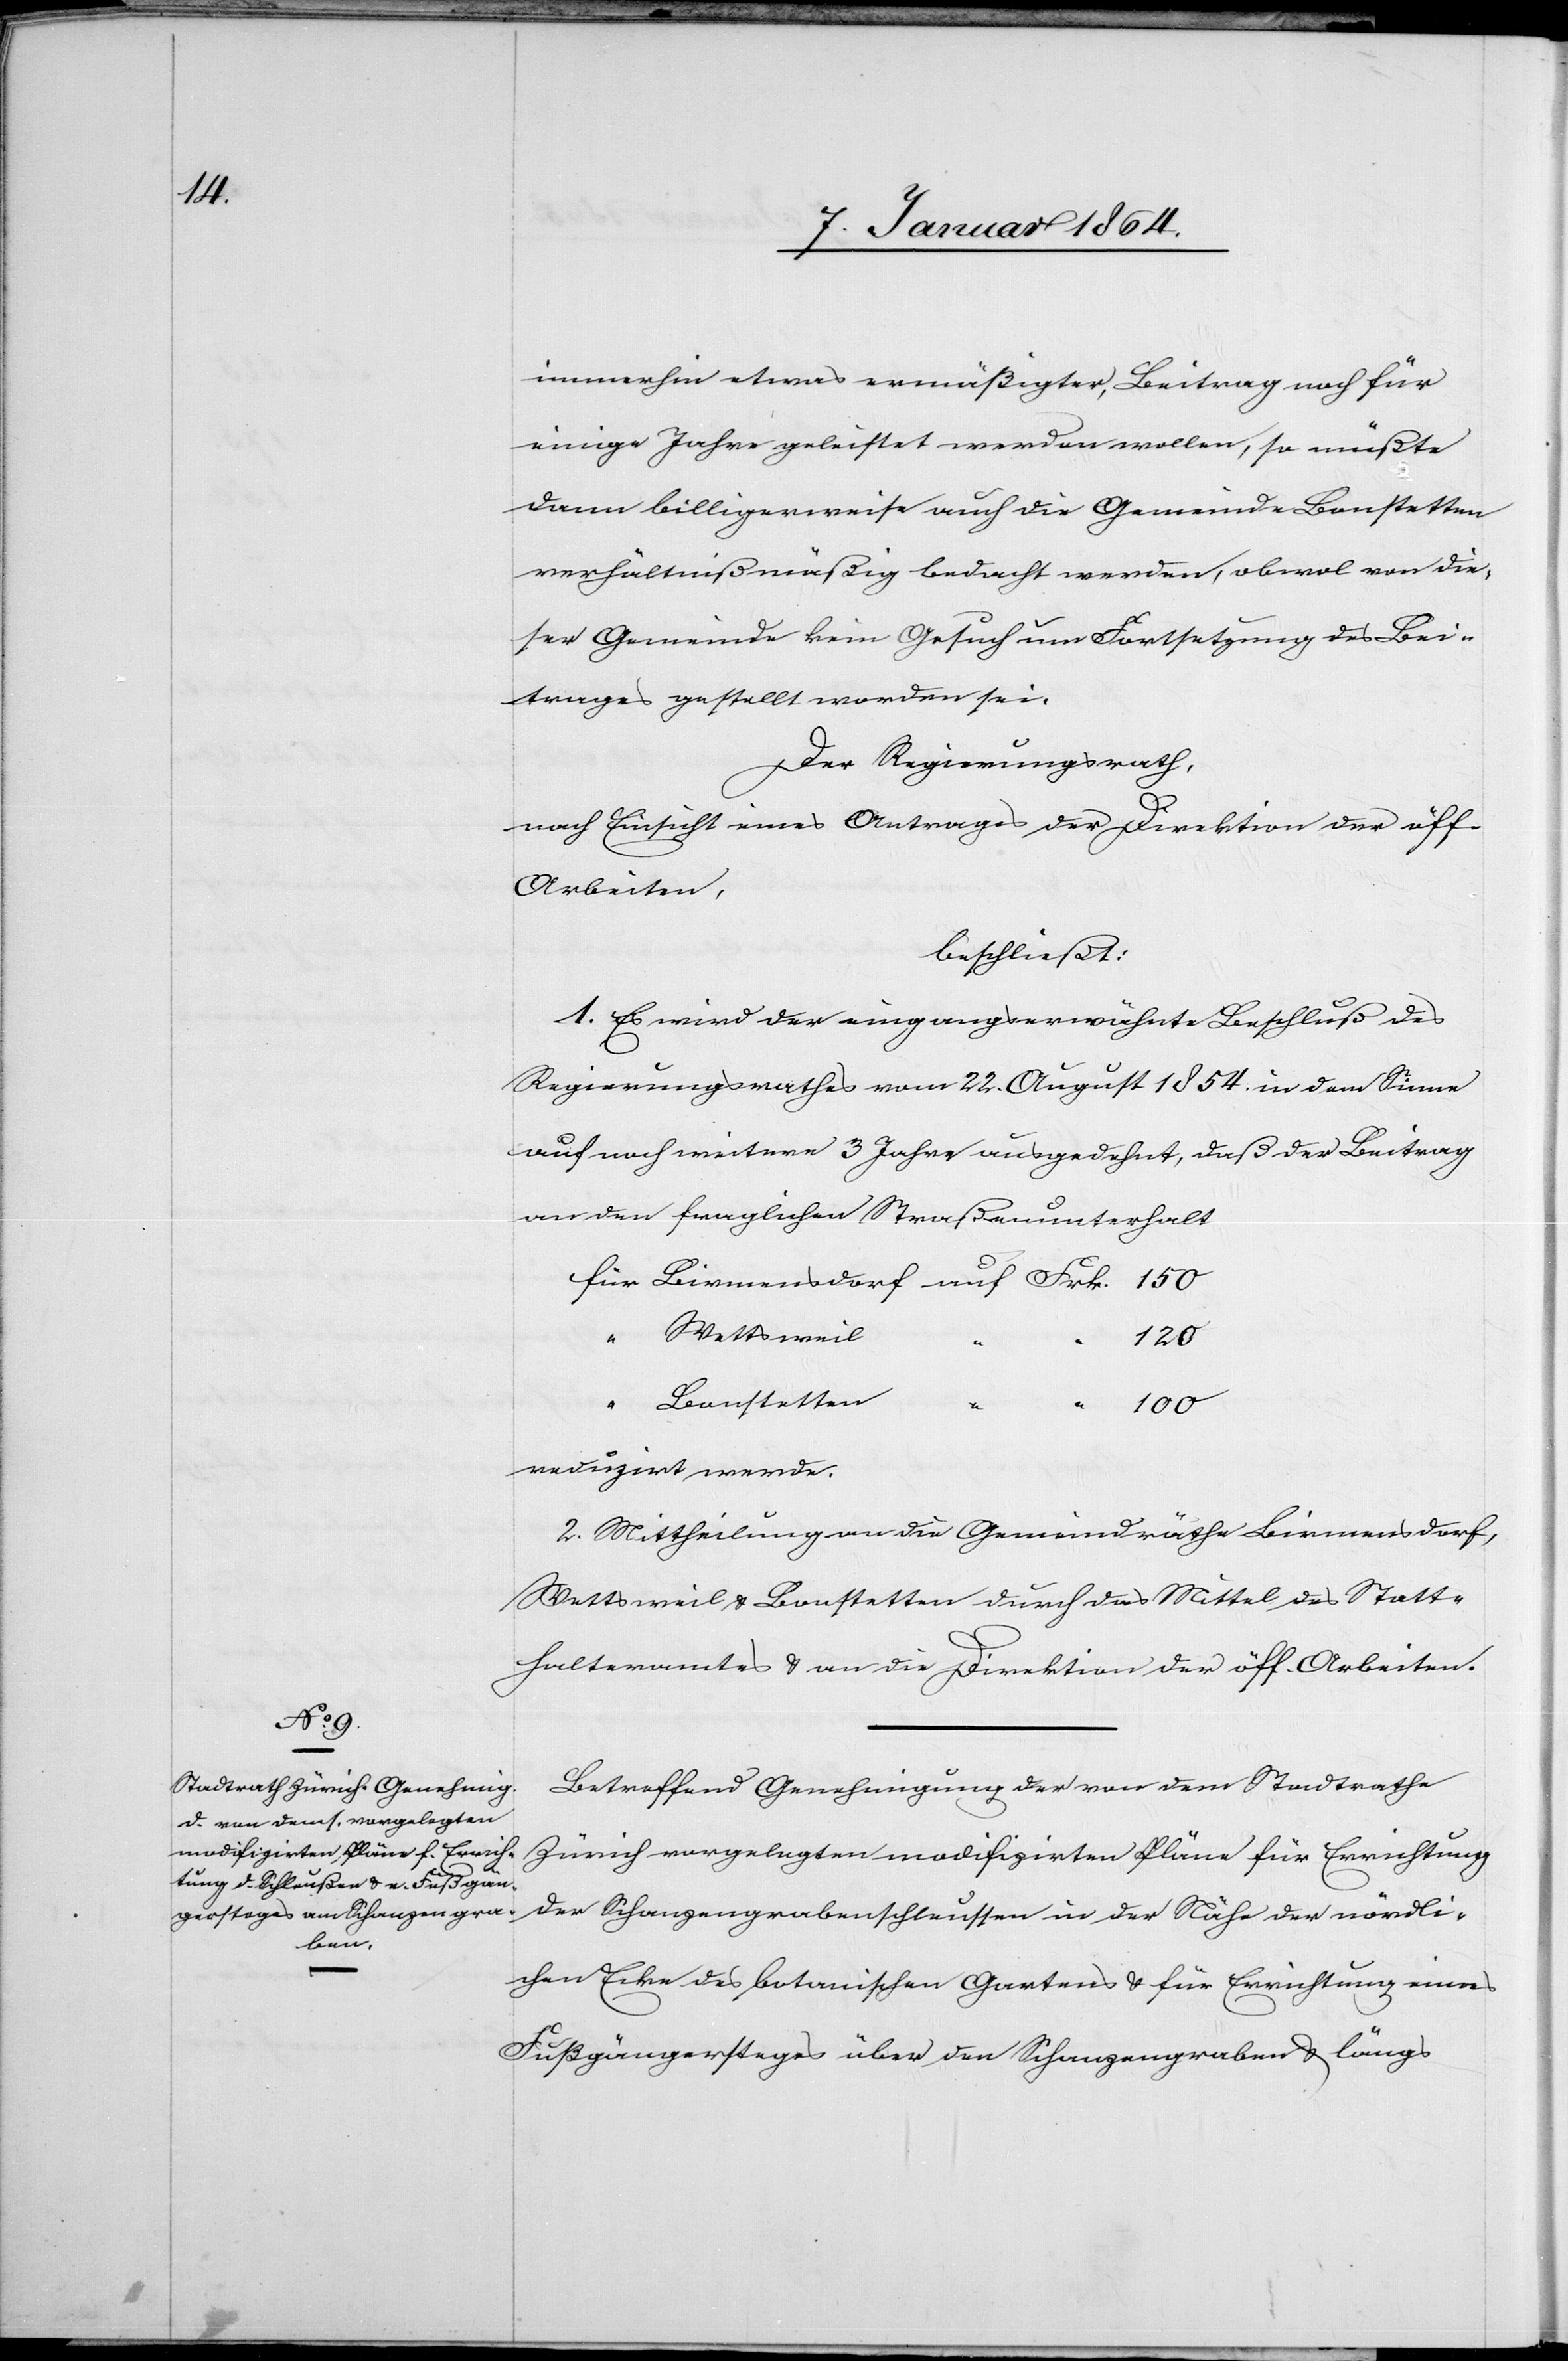
immerhin etwas ermäßigter, Beitrag noch für
einige Jahre geleistet werden wollen, so müßte
dann billigerweise auch die Gemeinde Bonstetten
verhältnißmäßig bedacht werden, obwol von die¬
ser Gemeinde kein Gesuch um Fortsetzung des Bei¬
trages gestellt worden sei.
Der Regierungsrath,
nach Einsicht eines Antrages der Direktion der öff.
Arbeiten,
beschließt:
1. Es wird der eingangserwähnte Beschluß des
Regierungsrathes vom 22. August 1854. in dem Sinne
auf noch weitere 3 Jahre ausgedehnt, daß der Beitrag
an den fraglichen Straßenunterhalt
für Birmensdorf auf 	Frk. 150
“ Wettsweil
120
Bonstetten
“ 100
reduzirt werde.
2. Mittheilung an die Gemeindräthe Birmensdorf,
Wettsweil u. Bonstetten durch das Mittel des Statt¬
halteramtes u. an die Direktion der öff. Arbeiten.
Betreffend Genehmigung der von dem Stadtrathe
Zürich vorgelegten modifzirten Pläne für Errichtung
der Schanzengrabenschleussen in der Nähe der nördli¬
chen Ecke des botanischen Gartens u. für Errichtung eines
Füßgängersteges über den Schanzengraben u. längs